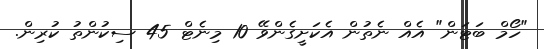
"ހޯމް ބަޓަން" އެއް ނެތުން އެކަށީގެންވޭ 10 މިނެޓް 45 ސިކުންތު ކުރިން.